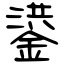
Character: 鍙